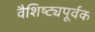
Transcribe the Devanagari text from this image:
वैशिष्ट्यपूर्वक